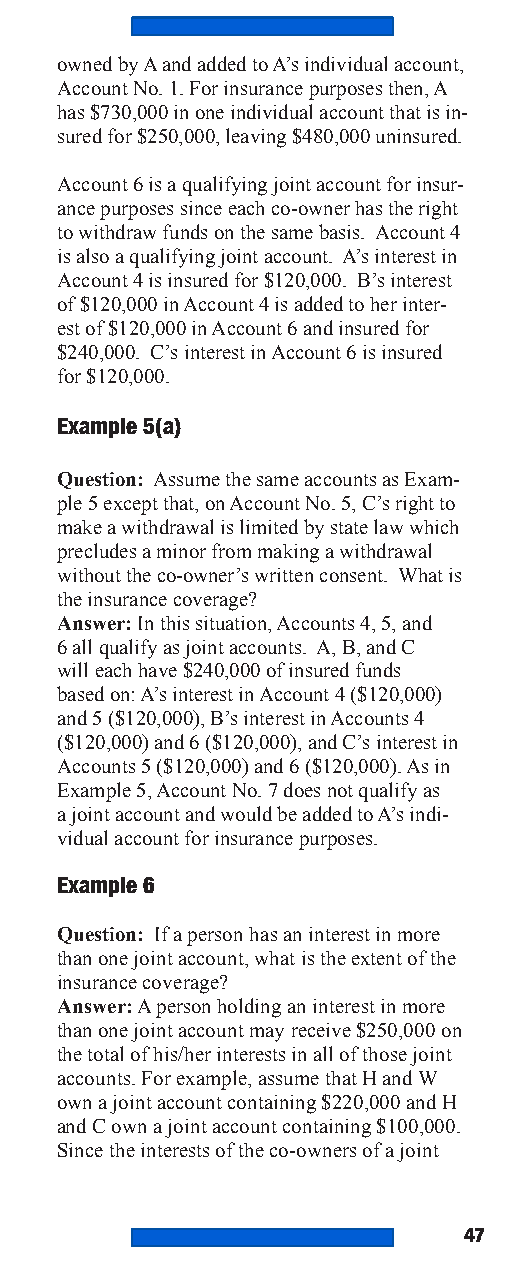
owned by A and added to A’s individual account,
 Account No. 1. For insurance purposes then, A
 has $730,000 in one individual account that is in-
 sured for $250,000, leaving $480,000 uninsured.
 Account 6 is a qualifying joint account for insur-
 ance purposes since each co-owner has the right
 to withdraw funds on the same basis. Account 4
 is also a qualifying joint account. A’s interest in
 Account 4 is insured for $120,000. B’s interest
 of $120,000 in Account 4 is added to her inter-
 est of $120,000 in Account 6 and insured for
 $240,000. C’s interest in Account 6 is insured
 for $120,000.
 Example 5(a)
 Question: Assume the same accounts as Exam-
 ple 5 except that, on Account No. 5, C’s right to
 make a withdrawal is limited by state law which
 precludes a minor from making a withdrawal
 without the co-owner’s written consent. What is
 the insurance coverage?
 Answer: In this situation, Accounts 4, 5, and
 6 all qualify as joint accounts. A, B, and C
 will each have $240,000 of insured funds
 based on: A’s interest in Account 4 ($120,000)
 and 5 ($120,000), B’s interest in Accounts 4
 ($120,000) and 6 ($120,000), and C’s interest in
 Accounts 5 ($120,000) and 6 ($120,000). As in
 Example 5, Account No. 7 does not qualify as
 a joint account and would be added to A’s indi-
 vidual account for insurance purposes.
 Example 6
 Question: If a person has an interest in more
 than one joint account, what is the extent of the
 insurance coverage?
 Answer: A person holding an interest in more
 than one joint account may receive $250,000 on
 the total of his/her interests in all of those joint
 accounts. For example, assume that H and W
 own a joint account containing $220,000 and H
 and C own a joint account containing $100,000.
 Since the interests of the co-owners of a joint
 47